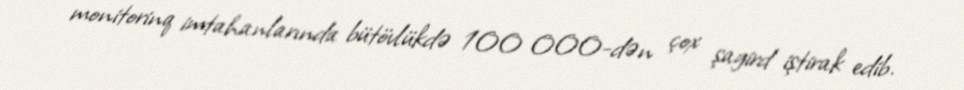
monitorinq imtahanlarında bütövlükdə 100 000-dən çox şagird iştirak edib.